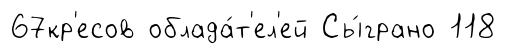
67кр'есов облада́т'ел'ей Сы́грано 118